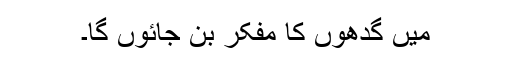
میں گدھوں کا مفکر بن جائوں گا۔